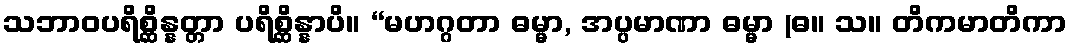
သဘာဝပရိစ္ဆိန္နတ္တာ ပရိစ္ဆိန္နာပိ။ “မဟဂ္ဂတာ ဓမ္မာ, အပ္ပမာဏာ ဓမ္မာ (ဓ။ သ။ တိကမာတိကာ